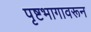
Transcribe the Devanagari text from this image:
पृष्टभागावरून